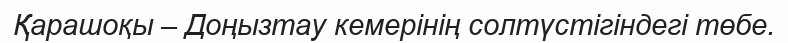
Қарашоқы – Доңызтау кемерінің солтүстігіндегі төбе.